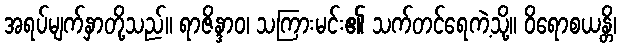
အရပ်မျက်နှာတို့သည်။ ရာဇိန္ဒာဝ၊ သကြားမင်း၏ သက်တင်ရေကဲ့သို့။ ဝိရောစယန္တိ၊